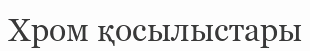
Хром қосылыстары